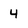
Character: 4